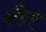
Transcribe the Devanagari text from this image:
कँडर